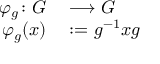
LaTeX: \begin{array} { r l } { \varphi _ { g } \colon G } & { { } \longrightarrow G } \\ { \varphi _ { g } ( x ) } & { { } : = g ^ { - 1 } x g } \end{array}